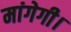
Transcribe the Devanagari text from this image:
मांगेगी।